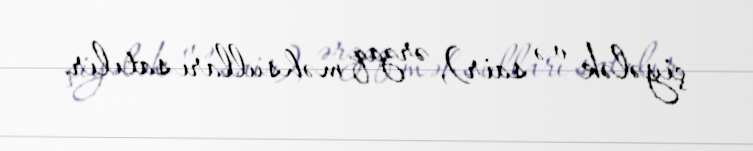
çiyələk və sair), ərzaq məhsulları satılır.